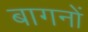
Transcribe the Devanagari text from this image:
बागनों